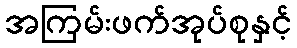
အကြမ်းဖက်အုပ်စုနှင့်